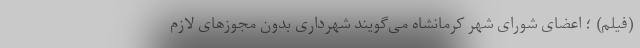
(فیلم) ؛ اعضای شورای شهر کرمانشاه می‌گویند شهرداری بدون مجوزهای لازم